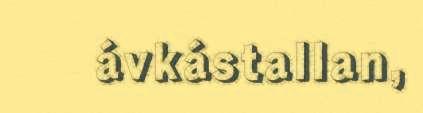
ávkástallan,